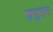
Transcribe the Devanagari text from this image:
ड्युएल